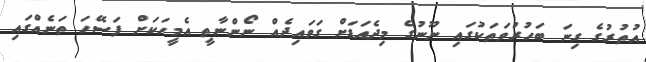
އުތުރުގެ ގިނަ ބަހުރުވަތަކުގައި ނޫނުގެ މިދެއަޑަށް ގަވައިދެއް ނޯންނާތީ އެމީހަކަށް ފަސޭހަ ތަނެއްގައި